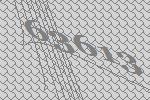
63613